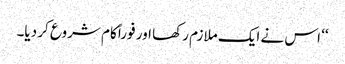
‘‘ اس نے ایک ملازم رکھا اور فوراً کام شروع کر دیا۔